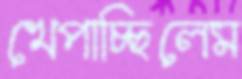
খেপাচ্ছিলেম